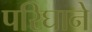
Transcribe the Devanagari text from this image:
परिघाने